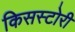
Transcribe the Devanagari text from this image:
किसस्टोरी